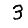
Digit: 3